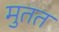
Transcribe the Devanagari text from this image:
मुतत